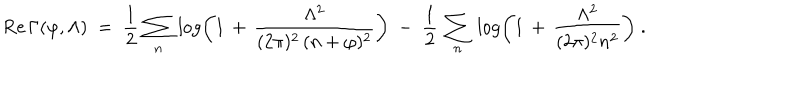
\mathrm { R e } \, \Gamma ( \varphi , \Lambda ) \; = \; \frac { 1 } { 2 } \, \sum _ { n } \, \log \left( 1 \, + \, \frac { \Lambda ^ { 2 } } { ( 2 \pi ) ^ { 2 } \, ( n + \varphi ) ^ { 2 } } \right) \; - \; \frac { 1 } { 2 } \, \sum _ { n } \, \log \left( 1 \, + \, \frac { \Lambda ^ { 2 } } { ( 2 \pi ) ^ { 2 } n ^ { 2 } } \right) \; .